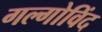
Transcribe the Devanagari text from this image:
गल्गोविंद